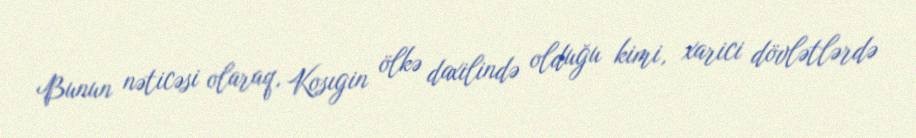
Bunun nəticəsi olaraq, Kosıgin ölkə daxilində olduğu kimi, xarici dövlətlərdə